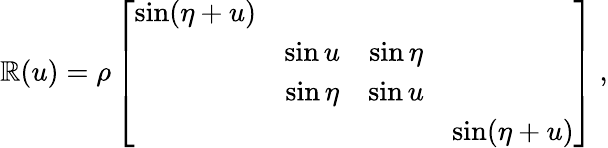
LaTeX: {\cal\mathbb{R}}(u)=\rho\left[\begin{array}{cccc}{{\sin(\eta+u)}}&{{}}&{{}}&{{}}\\ {{}}&{{\sin u}}&{{\sin\eta}}&{{}}\\ {{}}&{{\sin\eta}}&{{\sin u}}&{{}}\\ {{}}&{{}}&{{}}&{{\sin(\eta+u)}}\end{array}\right]~,